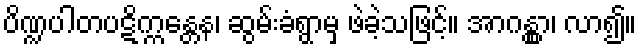
ပိဏ္ဍပါတပဋိက္ကန္တေန၊ ဆွမ်းခံရွာမှ ဖဲခဲ့သဖြင့်။ အာဂန္တွာ၊ လာ၍။